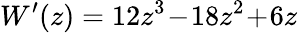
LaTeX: W^{\prime}(z)=12z^{3}\! -\! 18z^{2}\! +\! 6z